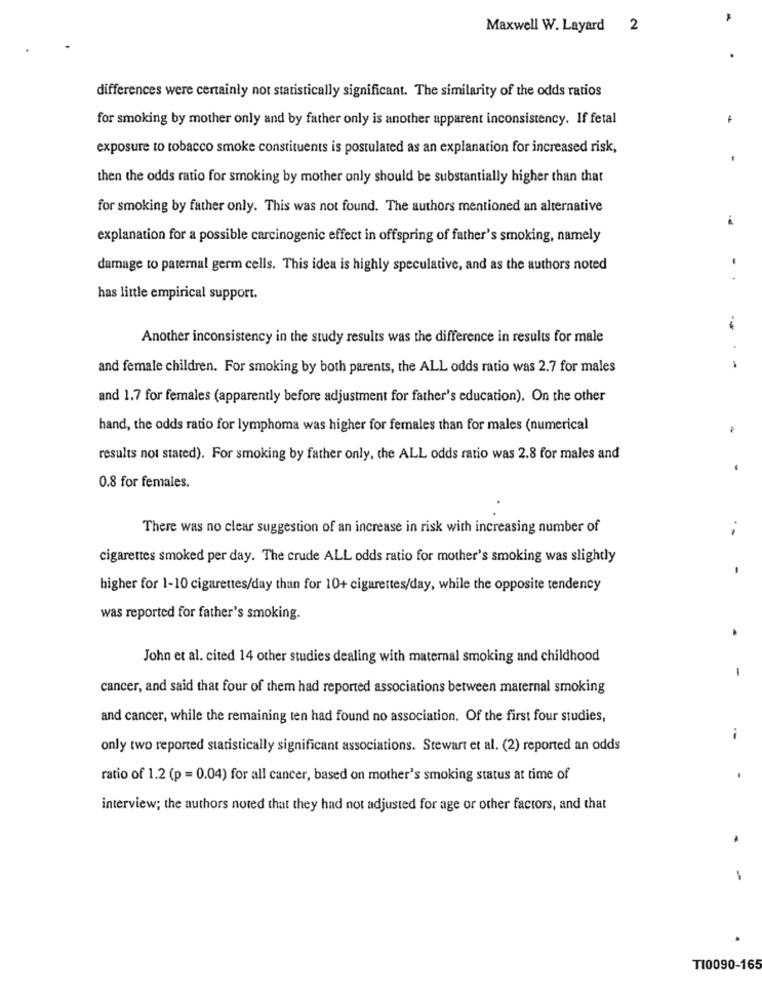
Maxwell W. Layard 2
differences were certainly not statistically significant. The similarity of the odds ratios
for smoking by mother only and by father only is another apparent inconsistency. If fetal
exposure to tobacco smoke constituents is postulated as an explanation for increased risk,
then the odds ratio for smoking by mother only should be substantially higher than that
for smoking by father only. This was not found. The authors mentioned an alternative
explanation for a possible carcinogenic effect in offspring of father's smoking, namely
damage to paternal germ cells. This idea is highly speculative, and as the authors noted
has little empirical support.
Another inconsistency in the study results was the difference in results for male
-
and female children. For smoking by both parents, the ALL odds ratio was 2.7 for males
and 1.7 for females (apparently before adjustment for father's education). On the other
hand, the odds ratio for lymphoma was higher for females than for males (numerical
results not stated). For smoking by father only, the ALL odds ratio was 2.8 for males and
0.8 for females.
There was no clear suggestion of an increase in risk with increasing number of
..
cigarettes smoked per day. The crude ALL odds ratio for mother's smoking was slightly
higher for 1-10 cigarettes/day than for 10+ cigarettes/day, while the opposite tendency
was reported for father's smoking.
John et al. cited 14 other studies dealing with maternal smoking and childhood
-
cancer, and said that four of them had reported associations between maternal smoking
and cancer, while the remaining ten had found no association. Of the first four studies,
only two reported statistically significant associations. Stewart et al. (2) reported an odds
ratio of 1.2 (p = 0.04) for all cancer, based on mother's smoking status at time of
interview; the authors noted that they had not adjusted for age or other factors, and that
-
T10090-165